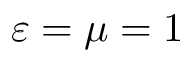
\varepsilon = \mu = 1